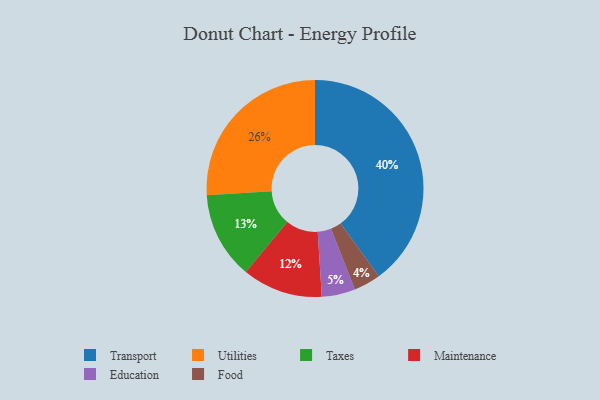
{"axis": {"x": "Category", "y": "Percentage"}, "legend": ["Education", "Food", "Maintenance", "Taxes", "Transport", "Utilities"], "data": [{"x": "Utilities", "y": 26, "type": "Utilities"}, {"x": "Food", "y": 4, "type": "Food"}, {"x": "Education", "y": 5, "type": "Education"}, {"x": "Taxes", "y": 13, "type": "Taxes"}, {"x": "Maintenance", "y": 12, "type": "Maintenance"}, {"x": "Transport", "y": 40, "type": "Transport"}]}